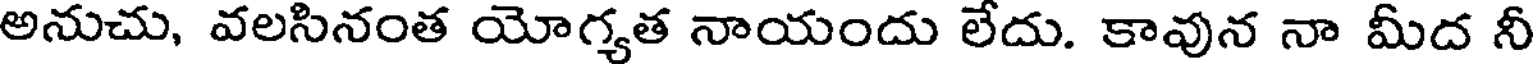
అనుచు, వలసినంత యోగ్యత నాయందు లేదు. కావున నా మీద నీ